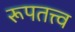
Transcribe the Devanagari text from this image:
रूपतत्त्व